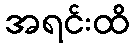
အရင်းထိ